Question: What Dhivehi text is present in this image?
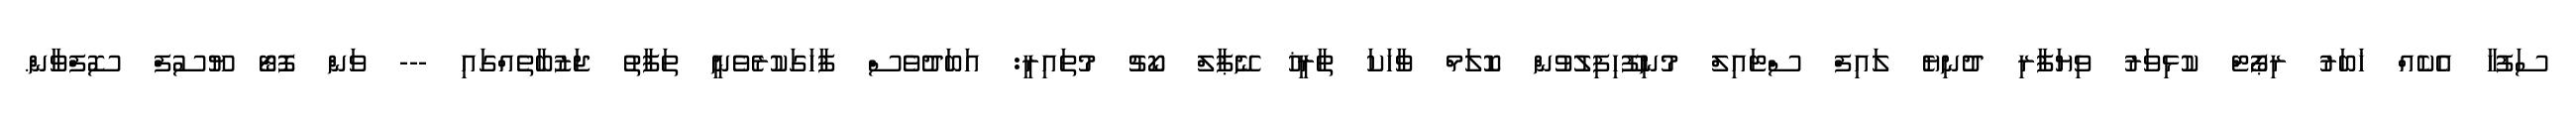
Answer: ސަފުހާ އެކެއް ޚަބަރު ރިޕޯޓް ކުޅިވަރު ވިޔަފާރި ދުނިޔެ ލައިފް ސްޓައިލް މުނިފޫހިފިލުވުން ކޮލަމް ވާހަކަ ތާރީޚު ނޭޕާލް ކޯޗު މުތައިރީ: އަބަދުވެސް ފާހަގަކުރެވެނީ ތަފާތު ޖަޒުބާތެއްގައި --- ވަން ފޮޓޯ ޔޫސުފް ސޮފްވާން.